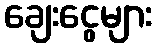
ချေးငွေများ